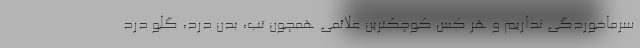
سرماخوردگی نداریم و هر کس کوچکترین علائمی همچون تب، بدن درد، گلو درد